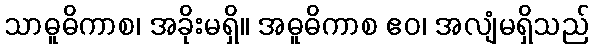
သာဓူဓိကာစ၊ အခိုးမရှိ။ အဓူဓိကာစ ဧဝ၊ အလျံမရှိသည်